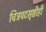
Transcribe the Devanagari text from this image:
चित्रपटसृष्टीही